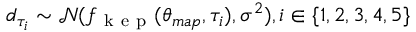
d _ { \tau _ { i } } \sim \mathcal { N } ( f _ { \mathrm { ~ k ~ e ~ p ~ } } ( \theta _ { m a p } , \tau _ { i } ) , \sigma ^ { 2 } ) , i \in \{ 1 , 2 , 3 , 4 , 5 \}